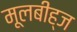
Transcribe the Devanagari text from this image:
मूलबीह्ज